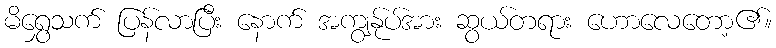
မိရွှေသက် ပြန်လာပြီး နောက် အကျွန်ုပ်အား ဆွယ်တရား ဟောလေတော့၏။